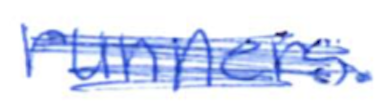
Text: runners.
Cross-out: scratch
Writing tool: ballpoint